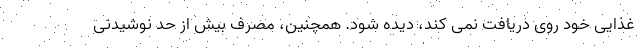
غذایی خود روی دریافت نمی کند، دیده شود. همچنین، مصرف بیش از حد نوشیدنی